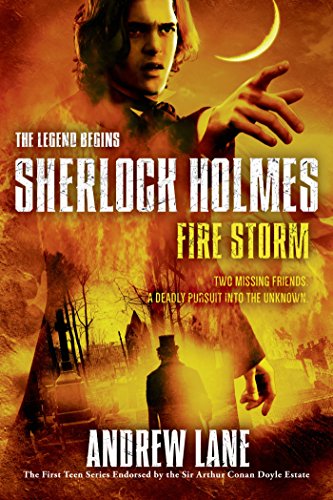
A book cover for Fire Storm (Sherlock Holmes: The Legend Begins); Andrew Lane; Teen & Young Adult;